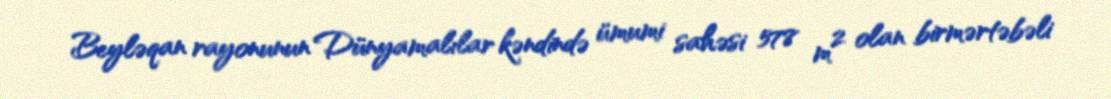
Beyləqan rayonunun Dünyamalılar kəndində ümumi sahəsi 578 m² olan birmərtəbəli